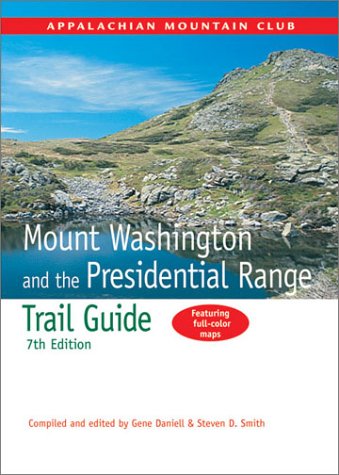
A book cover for Mount Washington and the Presidential Range Trail Guide (AMC Hiking Guide Series); Travel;